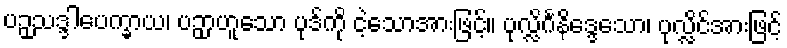
ပဉှသဒ္ဒါပေက္ခာယ၊ ပဉှာဟူသော ပုဒ်ကို ငဲ့သောအားဖြင့်။ ပုလ္လိင်္ဂနိဒ္ဒေသော၊ ပုလ္လိင်အားဖြင့်